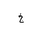
Letter: _kha